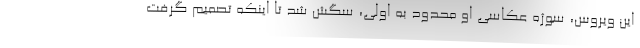
این ویروس، سوژه عکاسی او محدود به اولی، سگش شد تا اینکه تصمیم گرفت